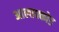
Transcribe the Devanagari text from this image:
आलाक्कोड